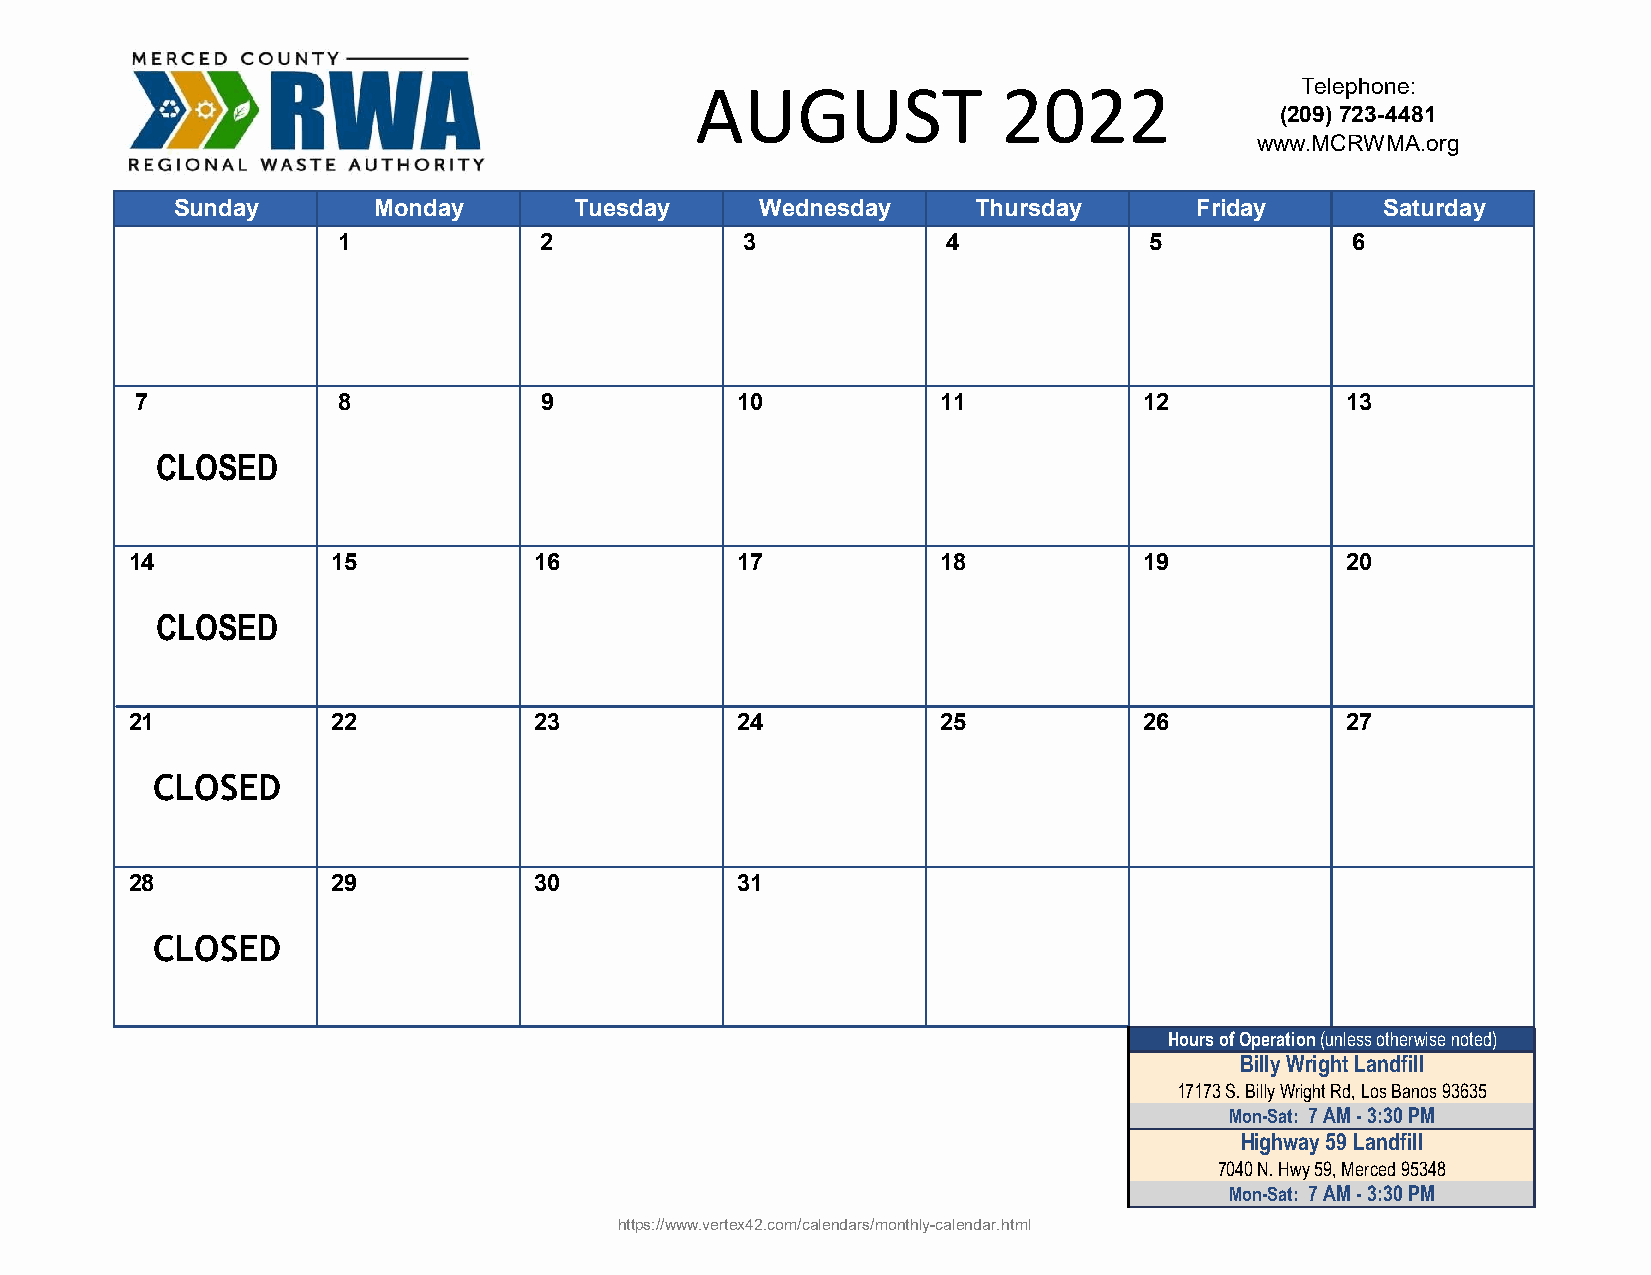
AUGUST              2022                Telephone:
 (209) 723-4481
 www.MCRWMA.org
 Sunday       Monday       Tuesday     Wednesday      Thursday      Friday       Saturday
 1             2            3             4            5            6
 7            8             9            10           11            12           13
 CLOSED
 14           15           16            17           18            19           20
 CLOSED
 21           22           23            24           25            26           27
 CLOSED
 28           29           30            31
 CLOSED
 Hours of Operation (unless otherwise noted)
 Billy Wright Landfill
 17173 S. Billy Wright Rd, Los Banos 93635
 Mon-Sat: 7 AM - 3:30 PM
 Highway 59 Landfill
 7040 N. Hwy 59, Merced 95348
 Mon-Sat: 7 AM - 3:30 PM
 https://www.vertex42.com/calendars/monthly-calendar.html